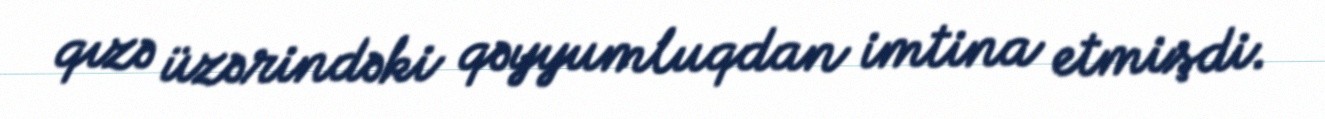
qızə üzərindəki qəyyumluqdan imtina etmişdi.